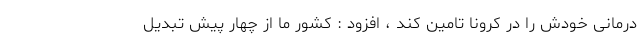
درمانی خودش را در کرونا تامین کند ، افزود : کشور ما از چهار پیش تبدیل